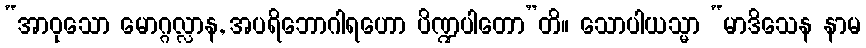
“အာဝုသော မောဂ္ဂလ္လာန, အပရိဘောဂါရဟော ပိဏ္ဍပါတော”တိ။ သောပါယသ္မာ “မာဒိသေန နာမ